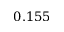
0 . 1 5 5